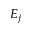
E _ { j }